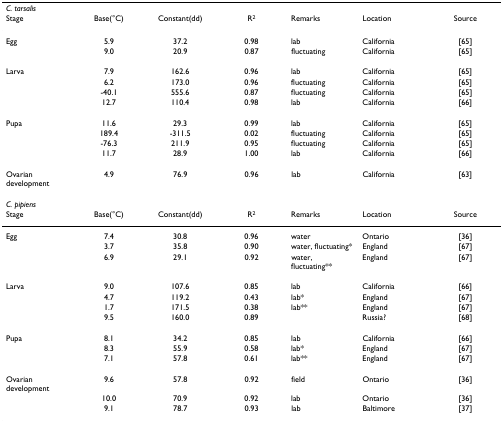
<table><thead><tr><td colspan="7"><b><i>C. tarsalis</i></b></td></tr><tr><td><b>Stage</b></td><td><b>Base(°C)</b></td><td><b>Constant(dd)</b></td><td><b>R<sup>2</sup></b></td><td><b>Remarks</b></td><td><b>Location</b></td><td><b>Source</b></td></tr></thead><tbody><tr><td>Egg</td><td>5.9</td><td>37.2</td><td>0.98</td><td>lab</td><td>California</td><td>[65]</td></tr><tr><td></td><td>9.0</td><td>20.9</td><td>0.87</td><td>fluctuating</td><td>California</td><td>[65]</td></tr><tr><td>Larva</td><td>7.9</td><td>162.6</td><td>0.96</td><td>lab</td><td>California</td><td>[65]</td></tr><tr><td></td><td>6.2</td><td>173.0</td><td>0.96</td><td>fluctuating</td><td>California</td><td>[65]</td></tr><tr><td></td><td>-40.1</td><td>555.6</td><td>0.87</td><td>fluctuating</td><td>California</td><td>[65]</td></tr><tr><td></td><td>12.7</td><td>110.4</td><td>0.98</td><td>lab</td><td>California</td><td>[66]</td></tr><tr><td>Pupa</td><td>11.6</td><td>29.3</td><td>0.99</td><td>lab</td><td>California</td><td>[65]</td></tr><tr><td></td><td>189.4</td><td>-311.5</td><td>0.02</td><td>fluctuating</td><td>California</td><td>[65]</td></tr><tr><td></td><td>-76.3</td><td>211.9</td><td>0.95</td><td>fluctuating</td><td>California</td><td>[65]</td></tr><tr><td></td><td>11.7</td><td>28.9</td><td>1.00</td><td>lab</td><td>California</td><td>[66]</td></tr><tr><td>Ovarian development</td><td>4.9</td><td>76.9</td><td>0.96</td><td>lab</td><td>California</td><td>[63]</td></tr><tr><td colspan="7"><i>C. pipiens</i></td></tr><tr><td>Stage</td><td>Base(°C)</td><td>Constant(dd)</td><td>R<sup>2</sup></td><td>Remarks</td><td>Location</td><td>Source</td></tr><tr><td>Egg</td><td>7.4</td><td>30.8</td><td>0.96</td><td>water</td><td>Ontario</td><td>[36]</td></tr><tr><td></td><td>3.7</td><td>35.8</td><td>0.90</td><td>water, fluctuating*</td><td>England</td><td>[67]</td></tr><tr><td></td><td>6.9</td><td>29.1</td><td>0.92</td><td>water, fluctuating**</td><td>England</td><td>[67]</td></tr><tr><td>Larva</td><td>9.0</td><td>107.6</td><td>0.85</td><td>lab</td><td>California</td><td>[66]</td></tr><tr><td></td><td>4.7</td><td>119.2</td><td>0.43</td><td>lab*</td><td>England</td><td>[67]</td></tr><tr><td></td><td>1.7</td><td>171.5</td><td>0.38</td><td>lab**</td><td>England</td><td>[67]</td></tr><tr><td></td><td>9.5</td><td>160.0</td><td>0.89</td><td></td><td>Russia?</td><td>[68]</td></tr><tr><td>Pupa</td><td>8.1</td><td>34.2</td><td>0.85</td><td>lab</td><td>California</td><td>[66]</td></tr><tr><td></td><td>8.3</td><td>55.9</td><td>0.58</td><td>lab*</td><td>England</td><td>[67]</td></tr><tr><td></td><td>7.1</td><td>57.8</td><td>0.61</td><td>lab**</td><td>England</td><td>[67]</td></tr><tr><td>Ovarian development</td><td>9.6</td><td>57.8</td><td>0.92</td><td>field</td><td>Ontario</td><td>[36]</td></tr><tr><td></td><td>10.0</td><td>70.9</td><td>0.92</td><td>lab</td><td>Ontario</td><td>[36]</td></tr><tr><td></td><td>9.1</td><td>78.7</td><td>0.93</td><td>lab</td><td>Baltimore</td><td>[37]</td></tr></tbody></table>